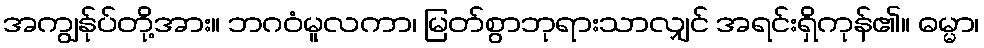
အကျွန်ုပ်တို့အား။ ဘဂဝံမူလကာ၊ မြတ်စွာဘုရားသာလျှင် အရင်းရှိကုန်၏။ ဓမ္မာ၊